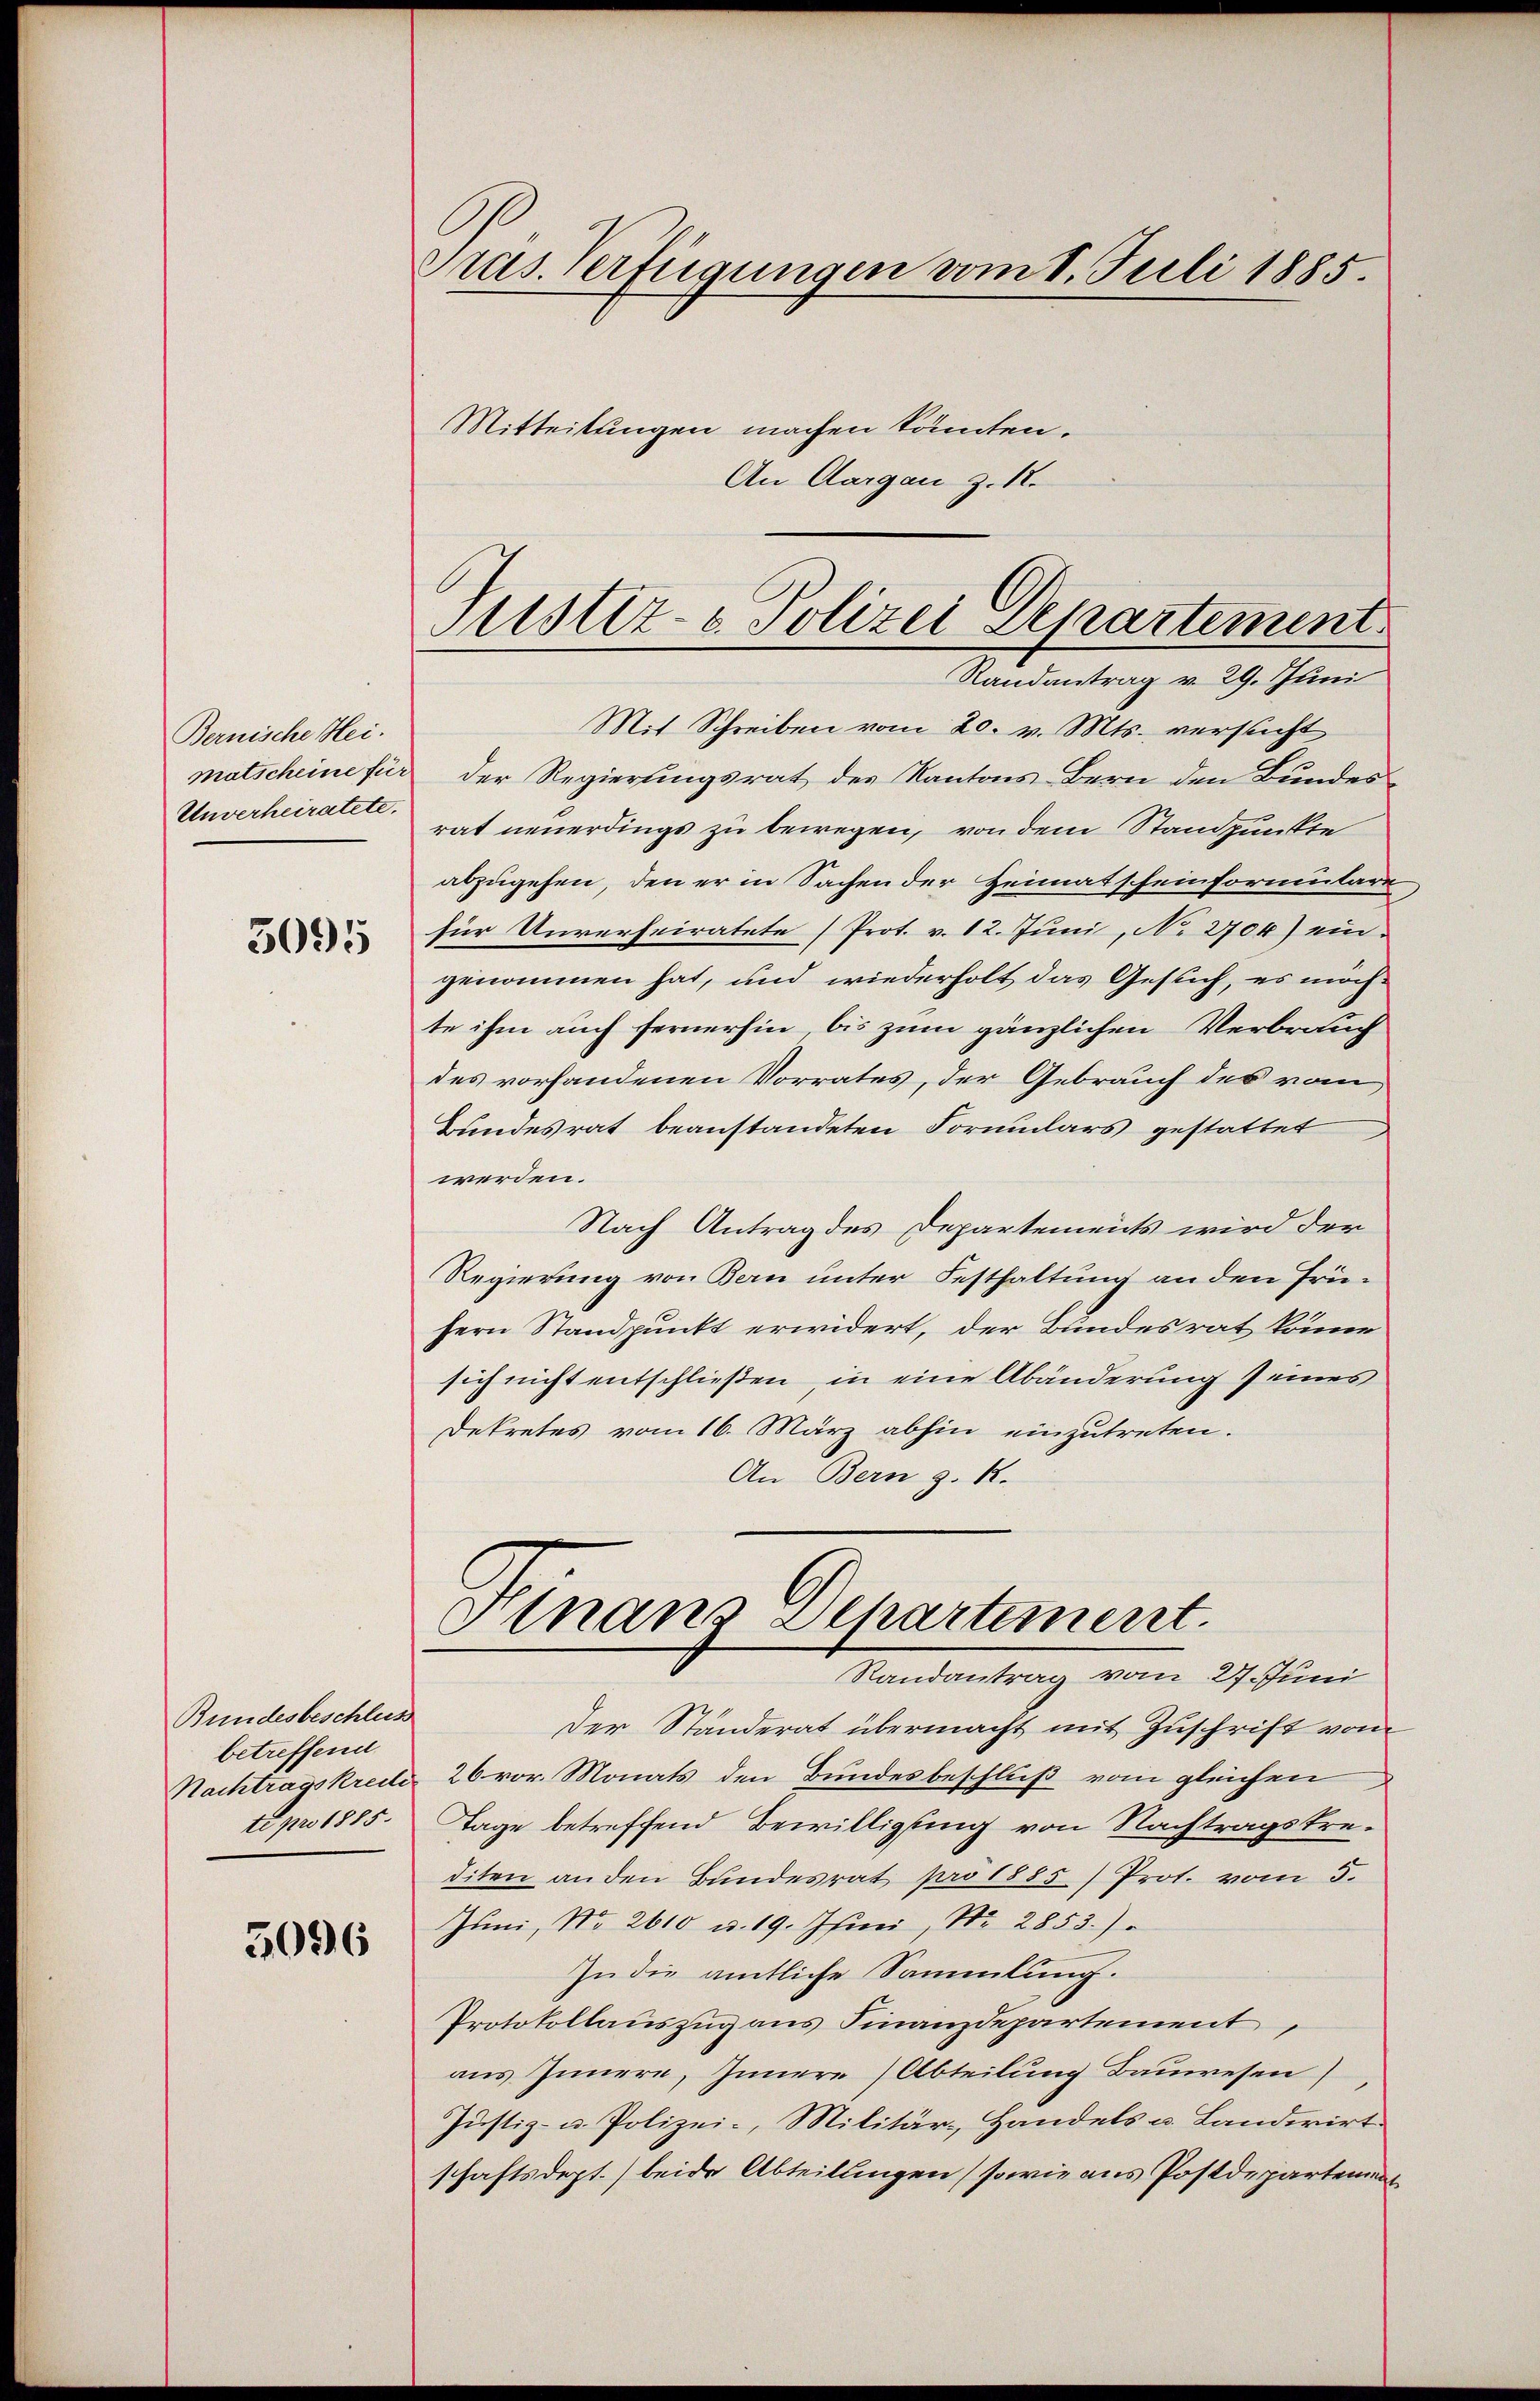
Bernische Heimatscheine für
Unverheiratete.

3095

Bundesbeschlus
betreffend
Nachtragskreite
te pro 1885.

5096

Pras. Verfügungen vom 1. Juli 1885.

Mitteilungen machen könnten.
An Aargau Z. 12.

Mit Schreiben vom 20. v. Mts. versucht
Der Regierungsrat des Kantons Bern den Bundesrat neuerdings zu bewegen, von dem Standpunkte
abzugehen, den er in Sachen der Heimatscheinformulare
für Unverheiratete (Prot. v. 12. Juni, N. 2704) ein-
genommen hat, und wiederholt das Gesuch, es möchte ihm auch fernerhin, bis zum gänzlichen Verbrauch
des vorhandenen Vorrates, der Gebrauch des vom
Bundesrat beanstandeten Formulars gestattet
werden.
Nach Antrag des Departements wird der
Regierung von Bern unter Festhaltung an den frü¬
Hern Standpunkt erwidert, der Bundesrat könne
sich nicht entschließen, in eine Abänderung seines
Dekretes vom 16. März abhin einzutreten.
An Bern z. R.
Hinanz Separtement.
Randantrag vom 27. Juni
Der Standerat übermacht mit Zuschrift vom
26 vor. Monats den Bundesbeschluß vom gleichen
Tage betreffend Bewilligung von Nachtragstrediten an den Bundesrat pro 1885) Prot. vom 5.
Juni, No. 2610 u. 19. Juni, No. 2853.)
In die amtliche Sammlung.
Protokollauszug aus Finanzdepartement
aus Innern, Innere (Abteilung Bauwesen)
Justiz- u. Polizei-, Militär- Handels u. Landwirt
schaftsdept.) beide Abteilungen (sowie aus Postdepartement

Justiz- & Polizei Departement
Randantrag v. 29. Juni